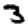
Digit: 3